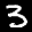
Label: 3